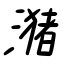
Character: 潴